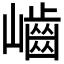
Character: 𡾐